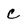
Character: C